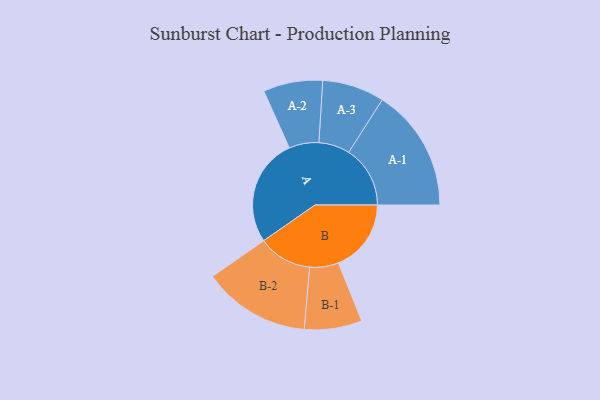
{"axis": {"x": "Segment", "y": "Value"}, "legend": ["", "A", "B"], "data": [{"x": "A", "y": 475, "type": ""}, {"x": "B", "y": 321, "type": ""}, {"x": "A-1", "y": 271, "type": "A"}, {"x": "A-2", "y": 131, "type": "A"}, {"x": "A-3", "y": 137, "type": "A"}, {"x": "B-1", "y": 127, "type": "B"}, {"x": "B-2", "y": 237, "type": "B"}]}